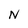
Character: N